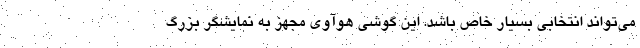
می‌تواند انتخابی بسیار خاص باشد. این گوشی هوآوی مجهز به نمایشگر بزرگ